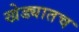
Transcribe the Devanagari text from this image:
खेड्यातच